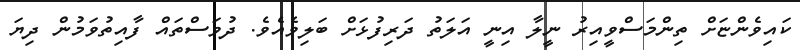
ކައިވެންޏަށް ތިންމަސްވީއިރު ނީލާ އިނީ އަލަތު ދަރިފުޅަށް ބަލިވެއެވެ. ދުވަސްތައް ފާއިތުވަމުން ދިޔަ